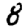
Digit: 8